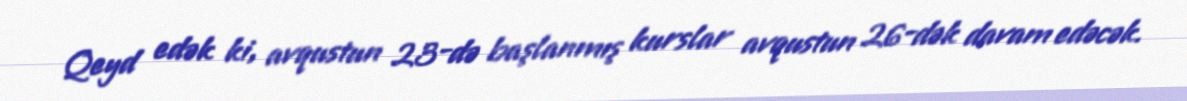
Qeyd edək ki, avqustun 23-də başlanmış kurslar avqustun 26-dək davam edəcək.